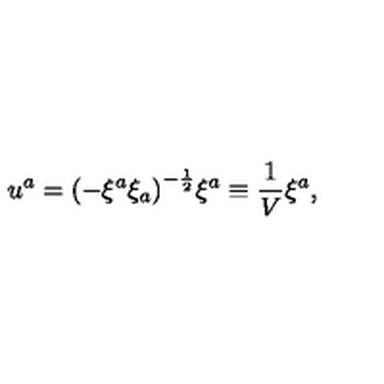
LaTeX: u ^ { a } = { \left( - \xi ^ { a } \xi _ { a } \right) } ^ { - { \frac { 1 } { 2 } } } \xi ^ { a } \equiv { \frac { 1 } { V } } \xi ^ { a } ,